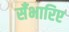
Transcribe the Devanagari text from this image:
सँभारिए